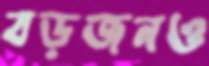
বড়জনও